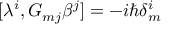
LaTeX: [ \lambda ^ { i } , G _ { m j } \beta ^ { j } ] = - i \hbar \delta _ { m } ^ { i }